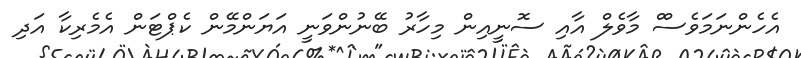
އެހެންނަމަވެސްް މާވެލް އާއި ސޮނީއިން މިހާރު ބޭނުންވަނީ އަޔަންމޭން ކެޕްޓަން އެމެރިކާ އަދި